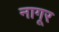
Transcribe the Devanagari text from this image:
नागूर